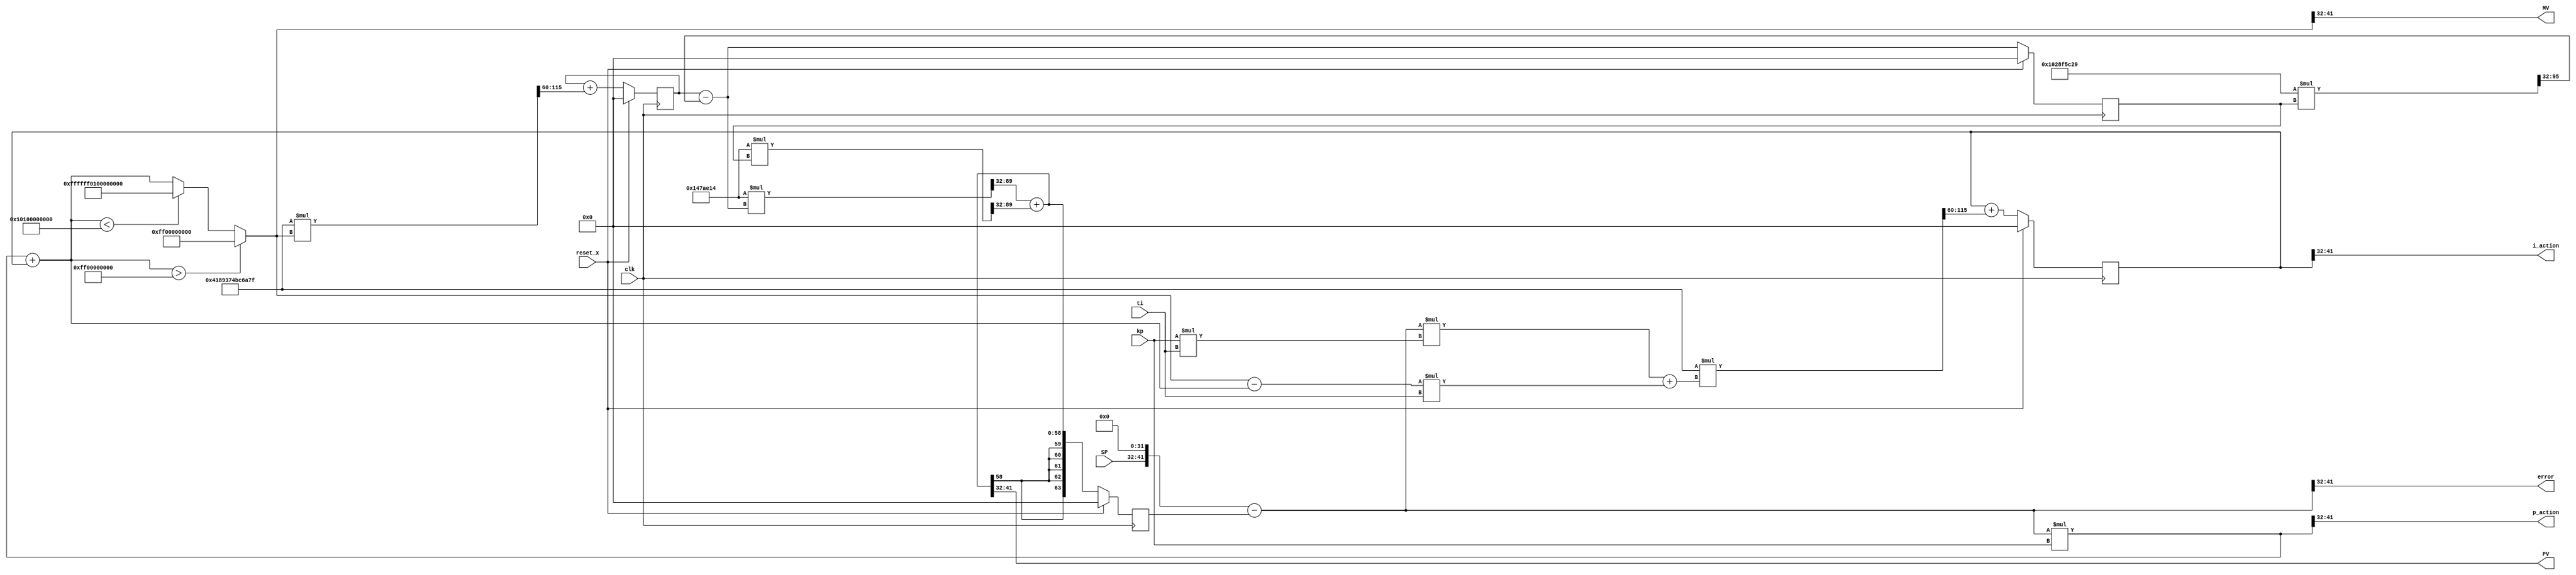
// -------------------------------------------------------------
// 
// 
// Generated by MATLAB 9.13 and HDL Coder 4.0
// 
// Company: 
// -- -------------------------------------------------------------
// -- Rate and Clocking Details
// -- -------------------------------------------------------------
// Model base rate: 0.001
// Target subsystem base rate: 0.001
// 
// -------------------------------------------------------------


// -------------------------------------------------------------
// 
// Module: DT
// Source Path: motor_dtf_antiwindup/DT
// Hierarchy Level: 0
// 
// Simulink model description for motor_dtf_antiwindup:
// 
// Symmetric FIR Filter
// This example shows how to use HDL Coder(TM) to check, generate,
// and verify HDL for a fixed-point symmetric FIR filter. 
// 
// -------------------------------------------------------------

`timescale 1 ns / 1 ns

module DT
          (clk,
           reset_x,
           SP,
           kp,
           ti,
           PV,
           MV,
           p_action,
           error,
           i_action);


  input   clk;
  input   reset_x;
  input   signed [9:0] SP;  // sfix10
  input   signed [9:0] kp;  // sfix10
  input   signed [9:0] ti;  // sfix10
  output  signed [9:0] PV;  // sfix10
  output  signed [9:0] MV;  // sfix10
  output  signed [9:0] p_action;  // sfix10
  output  signed [9:0] error;  // sfix10
  output  signed [9:0] i_action;  // sfix10


  wire signed [19:0] Product3_out1;  // sfix20
  reg signed [63:0] s_state_out1;  // sfix64_En32
  wire signed [127:0] nume_gain1_mul_temp;  // sfix128_En64
  wire signed [63:0] s_nume_gain1;  // sfix64_En32
  wire signed [63:0] s_denom_acc_out1;  // sfix64_En32
  wire signed [127:0] denom_gain1_mul_temp;  // sfix128_En64
  wire signed [63:0] s_denom_gain1;  // sfix64_En32
  wire signed [63:0] Saturation_out1;  // sfix64_En32
  wire signed [63:0] Add1_out1;  // sfix64_En32
  wire signed [63:0] Add3_out1;  // sfix64_En32
  wire signed [73:0] Product2_mul_temp;  // sfix74_En32
  wire signed [63:0] Product2_out1;  // sfix64_En32
  wire signed [63:0] Add_out1;  // sfix64_En32
  wire signed [83:0] Product1_mul_temp;  // sfix84_En32
  wire signed [63:0] Product1_out1;  // sfix64_En32
  wire signed [63:0] Add2_out1;  // sfix64_En32
  wire signed [63:0] Discrete_Time_Integrator1_indtc;  // sfix64
  wire signed [127:0] gain1_mul_temp;  // sfix128_En60
  wire signed [63:0] Discrete_Time_Integrator1_u_gain;  // sfix64
  wire signed [63:0] Discrete_Time_Integrator1_u_dtc;  // sfix64_En32
  reg signed [63:0] Discrete_Time_Integrator1_x_reg;  // sfix64_En32
  wire signed [63:0] Discrete_Time_Integrator1_u_add;  // sfix64_En32
  wire signed [63:0] s_nume_acc_out1;  // sfix64_En32
  reg signed [63:0] Unit_Delay_out1;  // sfix64_En32
  wire signed [63:0] Add_sub_cast;  // sfix64_En32
  wire signed [73:0] Product_mul_temp;  // sfix74_En32
  wire signed [63:0] Product_out1;  // sfix64_En32
  wire signed [63:0] Discrete_Time_Integrator_indtc;  // sfix64
  wire signed [127:0] gain_mul_temp;  // sfix128_En60
  wire signed [63:0] Discrete_Time_Integrator_u_gain;  // sfix64
  wire signed [63:0] Discrete_Time_Integrator_u_dtc;  // sfix64_En32
  reg signed [63:0] Discrete_Time_Integrator_x_reg;  // sfix64_En32
  wire signed [63:0] Discrete_Time_Integrator_u_add;  // sfix64_En32
  wire signed [127:0] nume_gain_b0_mul_temp;  // sfix128_En64
  wire signed [63:0] s_nume_gain_b0;  // sfix64_En32
  wire signed [9:0] SP_1;  // sfix10
  wire signed [9:0] SP_2;  // sfix10
  wire signed [9:0] SP_3;  // sfix10
  wire signed [9:0] SP_4;  // sfix10
  wire signed [9:0] SP_5;  // sfix10


  assign Product3_out1 = kp * ti;


  assign nume_gain1_mul_temp = 64'sh000000000147AE14 * s_state_out1;
  assign s_nume_gain1 = nume_gain1_mul_temp[95:32];



  always @(posedge clk)
    begin : s_state_out1_1_process
      if (reset_x == 1'b1) begin
        s_state_out1 <= 64'sh0000000000000000;
      end
      else begin
        s_state_out1 <= s_denom_acc_out1;
      end
    end



  assign denom_gain1_mul_temp = 64'shFFFFFFFF028F5C29 * s_state_out1;
  assign s_denom_gain1 = denom_gain1_mul_temp[95:32];



  assign Add3_out1 = Saturation_out1 - Add1_out1;


  assign Product2_mul_temp = Add3_out1 * ti;
  assign Product2_out1 = Product2_mul_temp[63:0];


  assign Product1_mul_temp = Add_out1 * Product3_out1;
  assign Product1_out1 = Product1_mul_temp[63:0];


  assign Add2_out1 = Product1_out1 + Product2_out1;


  assign Discrete_Time_Integrator1_indtc = Add2_out1;



  assign gain1_mul_temp = 64'sh0004189374BC6A7F * Discrete_Time_Integrator1_indtc;
  assign Discrete_Time_Integrator1_u_gain = gain1_mul_temp[123:60];



  assign Discrete_Time_Integrator1_u_dtc = Discrete_Time_Integrator1_u_gain;



  assign Discrete_Time_Integrator1_u_add = Discrete_Time_Integrator1_x_reg + Discrete_Time_Integrator1_u_dtc;



  always @(posedge clk)
    begin : Discrete_Time_Integrator1_reg_process
      if (reset_x == 1'b1) begin
        Discrete_Time_Integrator1_x_reg <= 64'sh0000000000000000;
      end
      else begin
        Discrete_Time_Integrator1_x_reg <= Discrete_Time_Integrator1_u_add;
      end
    end


  always @(posedge clk)
    begin : Unit_Delay_process
      if (reset_x == 1'b1) begin
        Unit_Delay_out1 <= 64'sh0000000000000000;
      end
      else begin
        Unit_Delay_out1 <= s_nume_acc_out1;
      end
    end


  assign Add_sub_cast = {{22{SP[9]}}, {SP, 32'b00000000000000000000000000000000}};
  assign Add_out1 = Add_sub_cast - Unit_Delay_out1;


  assign Product_mul_temp = Add_out1 * kp;
  assign Product_out1 = Product_mul_temp[63:0];


  assign Add1_out1 = Product_out1 + Discrete_Time_Integrator1_x_reg;


  assign Saturation_out1 = (Add1_out1 > 64'sh000000FF00000000 ? 64'sh000000FF00000000 :
              (Add1_out1 < 64'shFFFFFF0100000000 ? 64'shFFFFFF0100000000 :
              Add1_out1));


  assign Discrete_Time_Integrator_indtc = Saturation_out1;



  assign gain_mul_temp = 64'sh0004189374BC6A7F * Discrete_Time_Integrator_indtc;
  assign Discrete_Time_Integrator_u_gain = gain_mul_temp[123:60];



  assign Discrete_Time_Integrator_u_dtc = Discrete_Time_Integrator_u_gain;



  assign Discrete_Time_Integrator_u_add = Discrete_Time_Integrator_x_reg + Discrete_Time_Integrator_u_dtc;



  always @(posedge clk)
    begin : Discrete_Time_Integrator_reg_process
      if (reset_x == 1'b1) begin
        Discrete_Time_Integrator_x_reg <= 64'sh0000000000000000;
      end
      else begin
        Discrete_Time_Integrator_x_reg <= Discrete_Time_Integrator_u_add;
      end
    end


  assign s_denom_acc_out1 = Discrete_Time_Integrator_x_reg - s_denom_gain1;



  assign nume_gain_b0_mul_temp = 64'sh000000000147AE14 * s_denom_acc_out1;
  assign s_nume_gain_b0 = nume_gain_b0_mul_temp[95:32];



  assign s_nume_acc_out1 = s_nume_gain_b0 + s_nume_gain1;


  assign SP_1 = s_nume_acc_out1[41:32];


  assign PV = SP_1;

  assign SP_2 = Saturation_out1[41:32];


  assign MV = SP_2;

  assign SP_3 = Product_out1[41:32];


  assign p_action = SP_3;

  assign SP_4 = Add_out1[41:32];


  assign error = SP_4;

  assign SP_5 = Discrete_Time_Integrator1_x_reg[41:32];


  assign i_action = SP_5;

endmodule  // DT